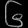
Digit: ၆